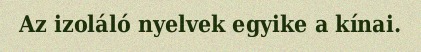
Az izoláló nyelvek egyike a kínai.